Annual administration report of the Civil Veterinary Department of India - 1899-1900
Year: 1899
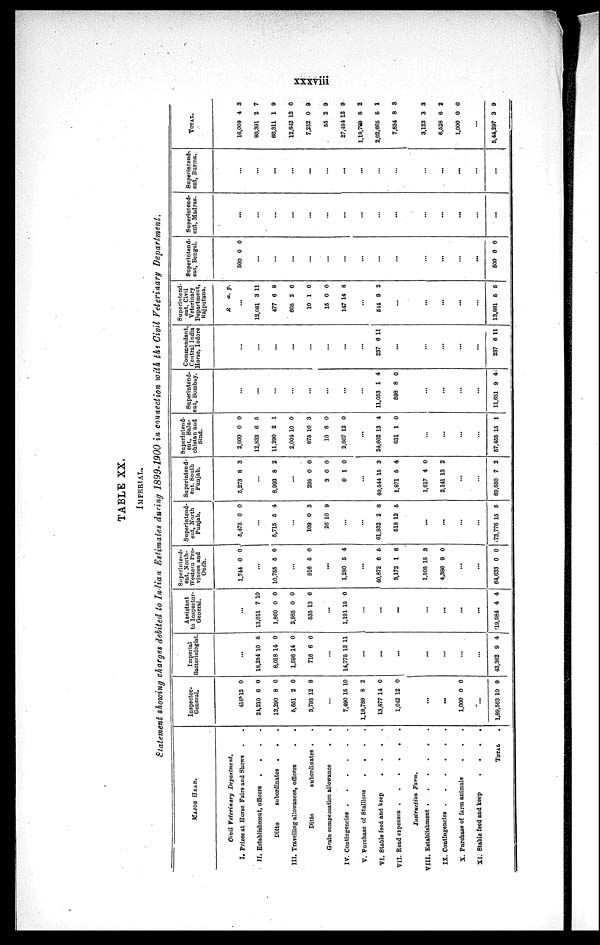
xxxviii
TABLE XX.
IMPERIAL.
Statement showing charges debited to Indian Estimates during 1899-1900 in connection with the Civil Veterinary Department.
MAJOR HEAD.
Civil Veterinary Department.
I. Prizes at Horse Fairs and Shows . .
II. Establishment, officers
.
.
.
.
Ditto
subordinates . . .
III. Travelling allowances, officers . .
Ditto
subordinates . .
Grain compensation allowance
.
.
IV. Contingencies . . . . .
V. Purchase of Stallions
.
.
.
.
VI. Stable feed and keep
.
.
.
.
VII. Road expenses . . . . .
Instruction Farm.
VIII. Establishment. . . . . . .
IX. Contingencies . . . . . . . .
X. Purchase of farm animals . . .
XI. Stable feed and keep
.
.
.
.
TOTAL .
Inspector-
General.
416
24,210
13,290
5,651
3,793
12
6
8
2
12
0
0
0
0
9
...
7,490
1,18,789
13,877
1,042
15
8
14
12
10
2
0
0
...
...
1,000 0 0
...
1,89,563 10 9
Imperial
Bacteriologist.
...
18,254
8,018
1,596
716
10
14
14
6
6
0
0
0
...
14,775 12 11
...
...
...
...
...
...
...
43,362 9 4
Assistant
to Inspector-
General.
...
13,011
1,860
2,985
535
7
0
0
13
10
0
0
6
...
1,191 15 0
...
...
...
...
...
...
...
19,584 4 4
Superintend-
ent, North-
Western Pro-
vinces and
Oudh.
1,744 0 0
...
10,755 5 6
...
916 5 0
...
1,280 6 4
...
40,872
3,172
6
1
5
6
1,505 1
4,386
5
9
3
0
...
...
64,633 0 0
Superintend-
ent, North
Punjab.
5,475 0 0
...
5,715 5 4
...
109
26 1
0
0
3
9
...
...
61,932
518 1
2
2
8
5
...
...
...
...
73,776
5
Superintend-
ent. South
Punjab.
5,273 8 3
...
8,903 8 2
...
295
3
0
0
0
1
0
0
0
...
49,544 1
1,871
5
5
3
4
1,617
2,141 1
4
3
0
2
...
...
69,650 7 2
Superintend-
ent, Balu-
chistan and
Sind.
2,600
12,833
11,290
2,004
875
10
2,607
0
6
2
10
10
8
12
0
5
1
0
3
0
0
...
24,602
631
13
1
4
0
...
...
...
...
67,455 15 1
Superintend-
ent, Bombay.
...
...
...
...
...
...
...
...
11,053
698
...
...
...
...
11,651
1
8
9
4
0
4
Commandant,
Central India
Horse, Indore
...
...
...
...
...
...
...
...
237
...
...
...
...
...
237
6
6
11
11
Superintend-
ent, Civil
Veterinary
Department,
Rajputana.
ft a. p.
...
12,081
477
605
10
15
147
3
6
2
1
0
14
11
8
0
0
0
8
...
614 9 2
...
...
...
...
...
13,881 5 5
Superintend-
ent, Bengal.
500 0 0
...
...
...
...
...
...
...
...
...
...
...
...
...
500 0 0
Superintend-
ent, Madras.
...
...
...
...
...
...
...
...
...
...
...
...
...
...
...
Superintend-
ent, Burma.
...
...
...
...
...
...
...
...
...
...
...
...
...
...
...
TOTAL.
16,009
80,391
60,311
12,842
7,252
55
27,494
1,18,789
2,02,665
7,834
4
2
1
12
0
2
12
8
6
8
3
7
9
0
9
9
9
2
1
3
3,123
6,528
1,000
...
5,44,297
3
6
0
3
3
2
0
9